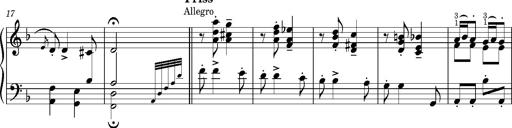
Title: Puszta Wehmut â€“ A puszta keserve
Composer: Franz Liszt
Key: D minor